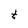
Character: t